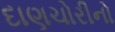
દાણચોરીનો